Problem: 6 × 5 = ?
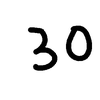
Handwritten answer: 30